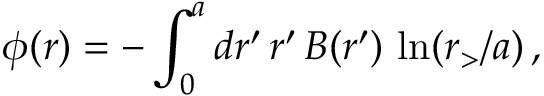
\phi ( r ) = - \int _ { 0 } ^ { a } d r ^ { \prime } \, r ^ { \prime } \, B ( r ^ { \prime } ) \, \ln ( r _ { > } / a ) \, ,